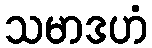
သမာဒဟံ